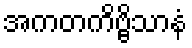
အကတကိဗ္ဗိသာနံ